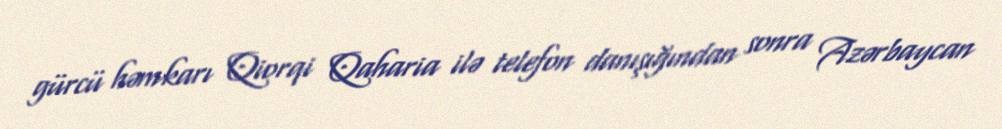
gürcü həmkarı Qiorqi Qaharia ilə telefon danışığından sonra Azərbaycan